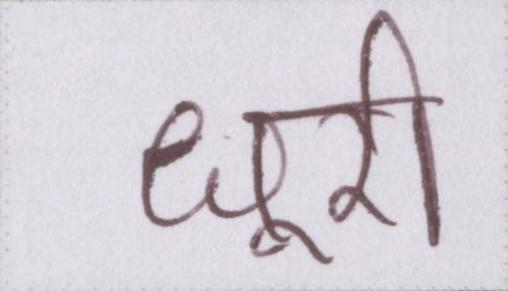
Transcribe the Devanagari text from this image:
धुरी